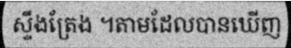
ស្ទឹងត្រែង ។តាមដែលបានឃើញ